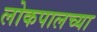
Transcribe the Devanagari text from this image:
लोकपालच्या